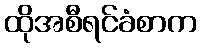
ထိုအစီရင်ခံစာက